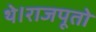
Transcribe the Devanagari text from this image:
थे।राजपूतो